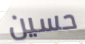
حسين